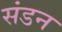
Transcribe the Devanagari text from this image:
संडन